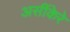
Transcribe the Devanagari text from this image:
अर्सीकेरे